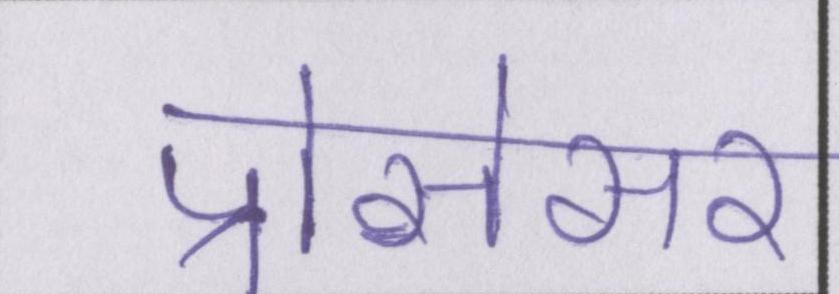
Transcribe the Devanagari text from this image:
प्रोसेसर